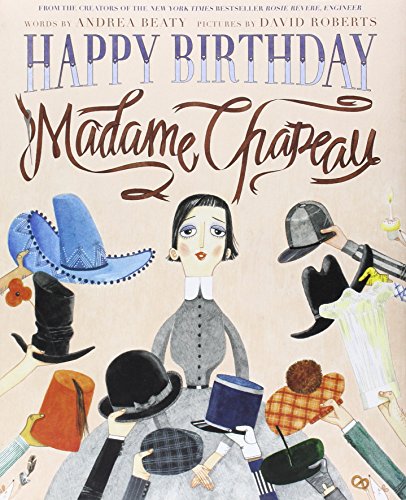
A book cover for Happy Birthday, Madame Chapeau; Andrea Beaty; Children's Books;